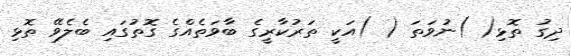
ދިގު ތޮޅި( )ނުވަތަ ( )އަކީ ތަރުކާރީގެ ބާވަތެއްގެ ގޮތުގައި ބެލެވޭ ތޮޅި